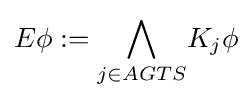
E\phi :={\underset {j\in {AGTS}}{\bigwedge }}K_{j}\phi